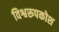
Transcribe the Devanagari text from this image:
विश्वरूपकोश